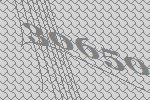
30650